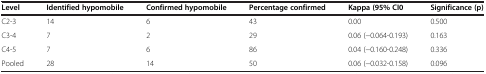
<table><thead><tr><td><b>Level</b></td><td><b>Identified hypomobile</b></td><td><b>Confirmed hypomobile</b></td><td><b>Percentage confirmed</b></td><td><b>Kappa (95% CI0</b></td><td><b>Significance (p)</b></td></tr></thead><tbody><tr><td>C2-3</td><td>14</td><td>6</td><td>43</td><td>0.00</td><td>0.500</td></tr><tr><td>C3-4</td><td>7</td><td>2</td><td>29</td><td>0.06 (−0.064-0.193)</td><td>0.163</td></tr><tr><td>C4-5</td><td>7</td><td>6</td><td>86</td><td>0.04 (−0.160-0.248)</td><td>0.336</td></tr><tr><td>Pooled</td><td>28</td><td>14</td><td>50</td><td>0.06 (−0.032-0.158)</td><td>0.096</td></tr></tbody></table>